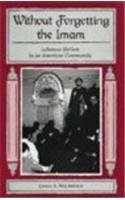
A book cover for Without Forgetting the Imam: Lebanese Shi'ism in an American Community; Linda S. Walbridge; Religion & Spirituality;